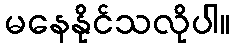
မနေနိုင်သလိုပါ။